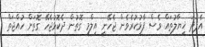
އެފަދަ ޚިޔާލުތައް ވެސް ފާޅުކުރެވެން ޖެހޭނީ އިލްމީ ގޮތުން ދެކޮޅުޖެހޭ ގޮތަށް ހުއްޖަތް